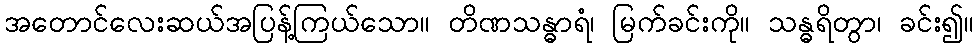
အတောင်လေးဆယ်အပြန့်ကြယ်သော။ တိဏသန္ဓာရံ၊ မြက်ခင်းကို။ သန္ဓရိတွာ၊ ခင်း၍။